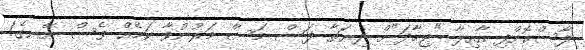
ފާސްކޮށްފި އާއިލާ "ޖިހާދަ"ށް ދިޔަތާ ފަސް މަސް މަރުނުވާ ކަމެއް ވެސް ނޭނގެ!